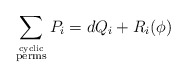
\begin{align*}\sum_{\stackrel{\rm{cyclic}}{\rm{perms}}} P_{i} = d Q_{i} + R_{i}(\phi)\end{align*}